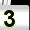
Digit: 3